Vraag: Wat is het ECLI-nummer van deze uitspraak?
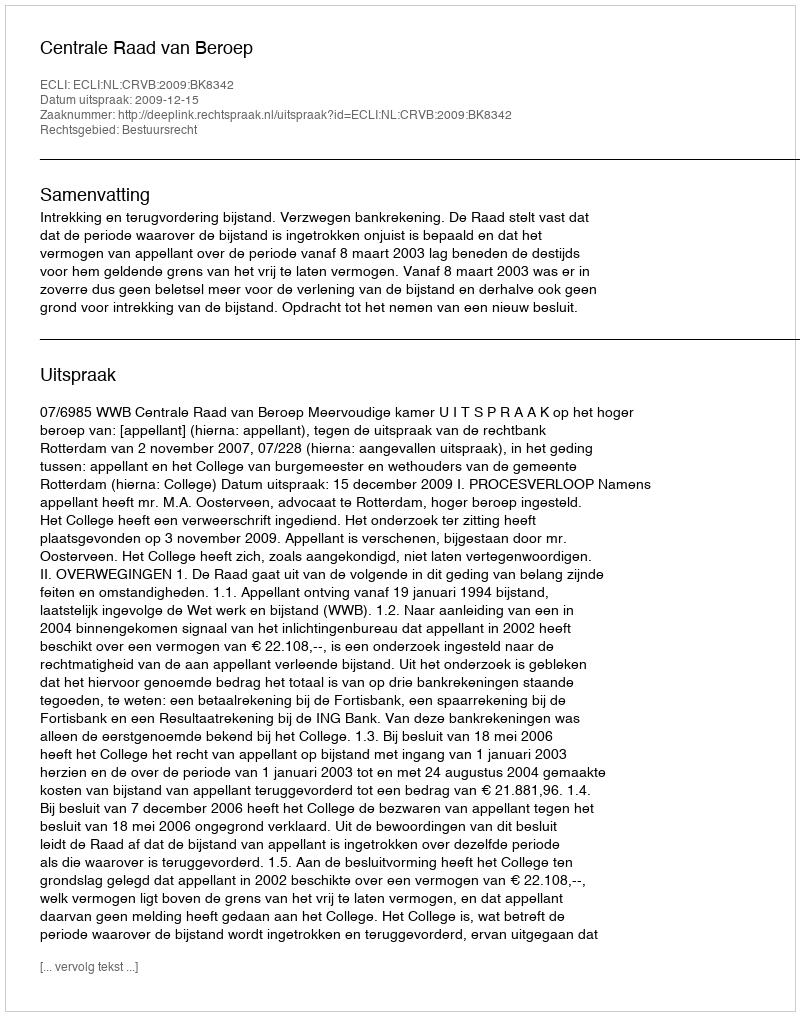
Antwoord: ECLI:NL:CRVB:2009:BK8342